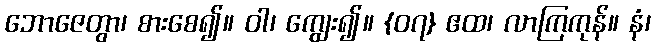
ဘောဇေတွာ၊ စားစေ၍။ ဝါ၊ ကျွေး၍။ {၀၇} ဧထ၊ လာကြကုန်။ နံ၊